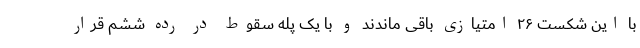
با این شکست ۲۶ امتیازی باقی ماندند و با یک پله سقوط در رده ششم قرار